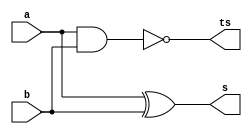
module meiosubtrator(input a,b,output s,ts);
assign s = a^b;
assign ts = ~(a&b);
endmodule